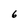
Character: 6